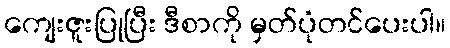
ကျေးဇူးပြုပြီး ဒီစာကို မှတ်ပုံတင်ပေးပါ။